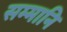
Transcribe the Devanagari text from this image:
सम्मानि